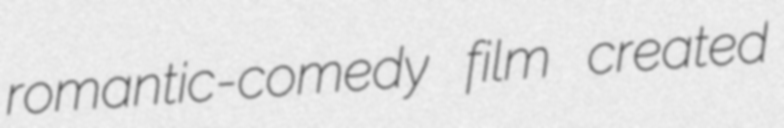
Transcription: romantic-comedy film created